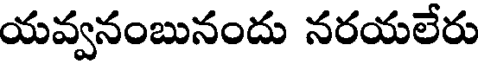
యవ్వనంబునందు నరయలేరు